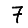
Digit: 7